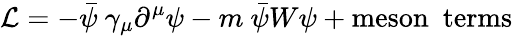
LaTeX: {\cal{L}}=-\bar{\psi}~\gamma_{\mu}\partial^{\mu}\psi-m~\bar{\psi}W\psi+\mathrm{meson~~terms}